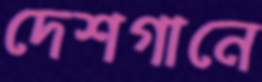
দেশগানে